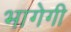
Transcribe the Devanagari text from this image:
भागेगी